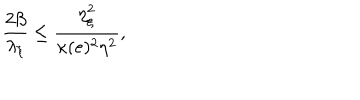
LaTeX: \frac { 2 \beta } { \lambda _ { \xi } } \leq \frac { \eta _ { \xi } ^ { 2 } } { \kappa ( e ) ^ { 2 } \eta ^ { 2 } } ,